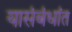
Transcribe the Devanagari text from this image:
यासंबंधांत